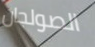
الصولجان